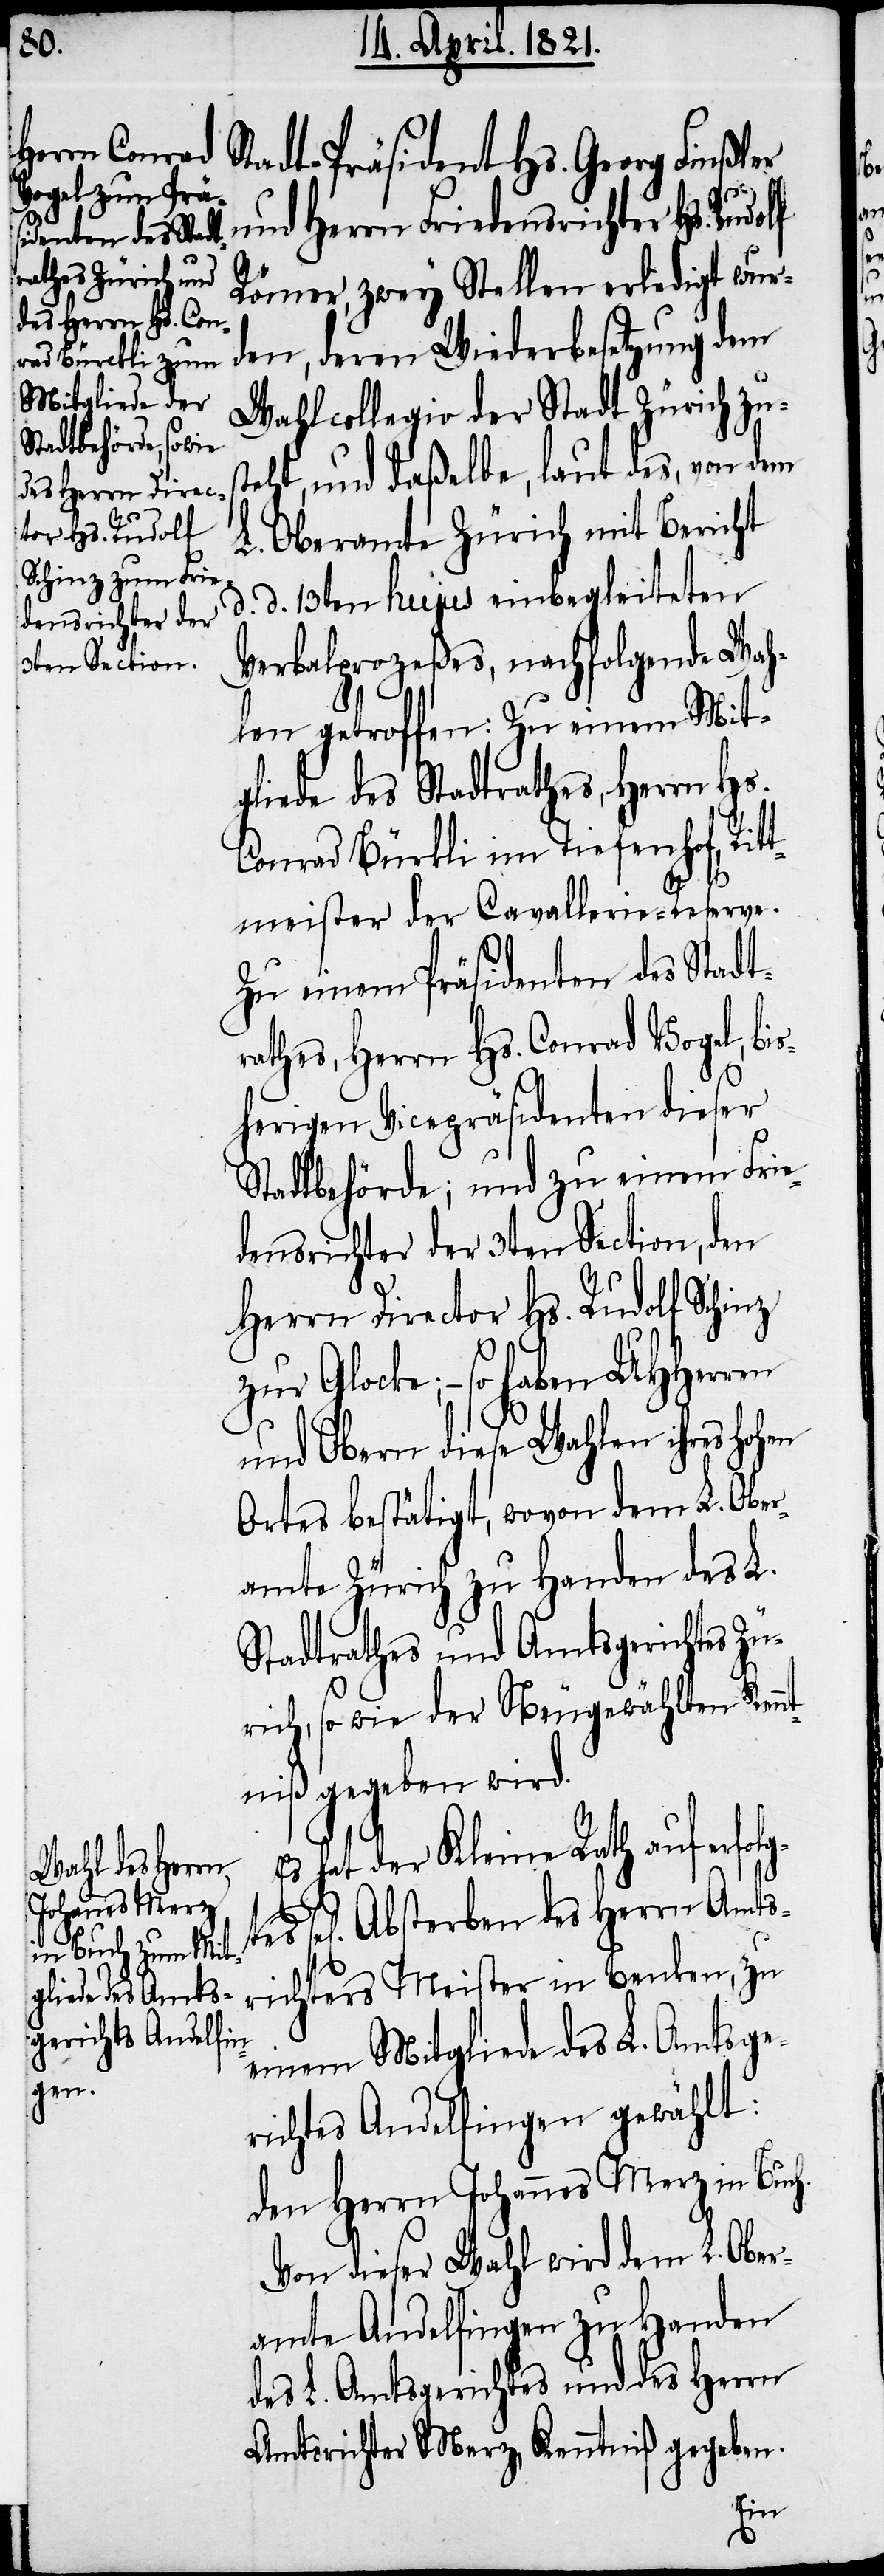
Hs.
und Herrn Friedensrichte¬
Römer, zwey Stellen erledigt wur¬
den, deren Wiederbesetzung dem
Wahlcollegio der Stadt Zürich zus¬
teht, und daßelbe, laut des, von dem
r Hs. Rudolf
L. Oberamte Zürich mit Bericht
d. d. 13ten hujus einbegleiteten
Verbalprozeßes, nachfolgende Wah¬
len getroffen: Zu einem Mit¬
gliede des Stadtrathes, Herrn Hs.
Conrad Bürkli im Tiefenhof, Rit¬
tmeister der Cavallerie-Reserve.
Zu einem Präsidenten des Stadtr¬
athes, Herrn Hs. Conrad Vogel, bi¬
sherigen Vicepräsidenten dieser
Stadtbehörde; und zu einem Frie¬
densrichter der 3ten Section, den
Herrn Director Hs. Rudolf Schinz
zur Glocke; – so haben UHHerren
und Obern diese Wahlen ihres hohen
Ortes bestätigt, wovon dem L. Ober¬
amte Zürich zu Handen des L.
Stadtrathes und Amtsgerichtes Zü¬
rich, so wie der Neugewählten Kenn¬
tniß gegeben wird.
hat der Kleine Rath auf erfol¬
el[iges] Absterben des Herrn Amts¬
richters Meister in Benken, zu
gtes s¬
einem Mitgliede des L. Amtsge¬
richtes Andelfingen gewählt:
den Herrn Johannes Merz in Buch.
Von dieser Wahl wird dem L. Ober¬
amte Andelfingen zu Handen
des L. Amtsgerichtes und des Herrn
Amtsrichter Merz, Kenntniß gegeben.